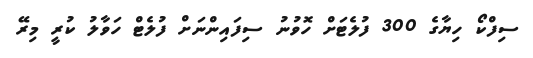
ސިފްކޯ ހިޔާގެ 300 ފުލެޓަށް ހޮވުނު ސިފައިންނަށް ފުލެޓް ހަވާލު ކުރީ މިރޭ